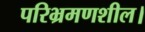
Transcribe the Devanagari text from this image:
परिभ्रमणशील।